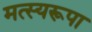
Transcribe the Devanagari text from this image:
मत्स्यरूपा